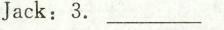
Jack:3. ___